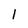
Character: 1